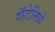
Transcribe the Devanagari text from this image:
शॅटेलिये